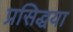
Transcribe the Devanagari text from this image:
प्रसिद्धया